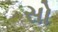
સો